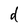
Character: d